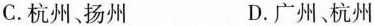
C. 杭州，扬州 D. 广州、杭州